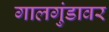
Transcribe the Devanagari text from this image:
गालगुंडावर